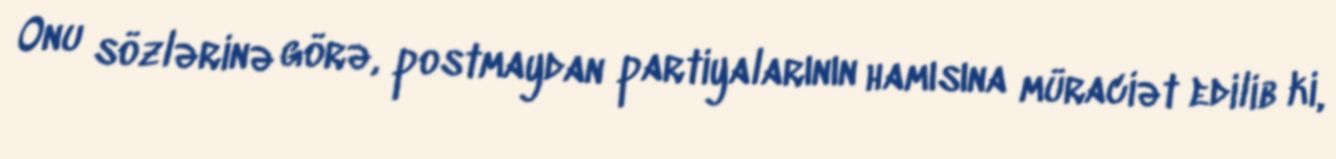
Onu sözlərinə görə, postmaydan partiyalarının hamısına müraciət edilib ki,